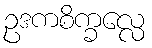
ဥဒကစိက္ခလ္လေ